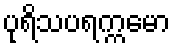
ပုရိသပရက္ကမော